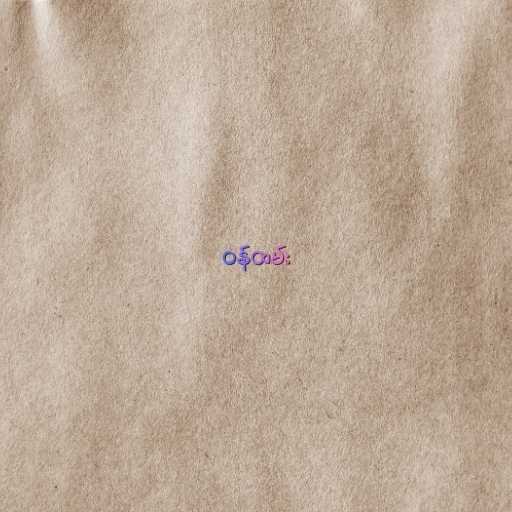
ဝန်ထမ်း